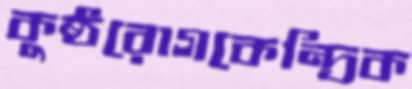
কুষ্ঠরোগকেন্দ্রিক